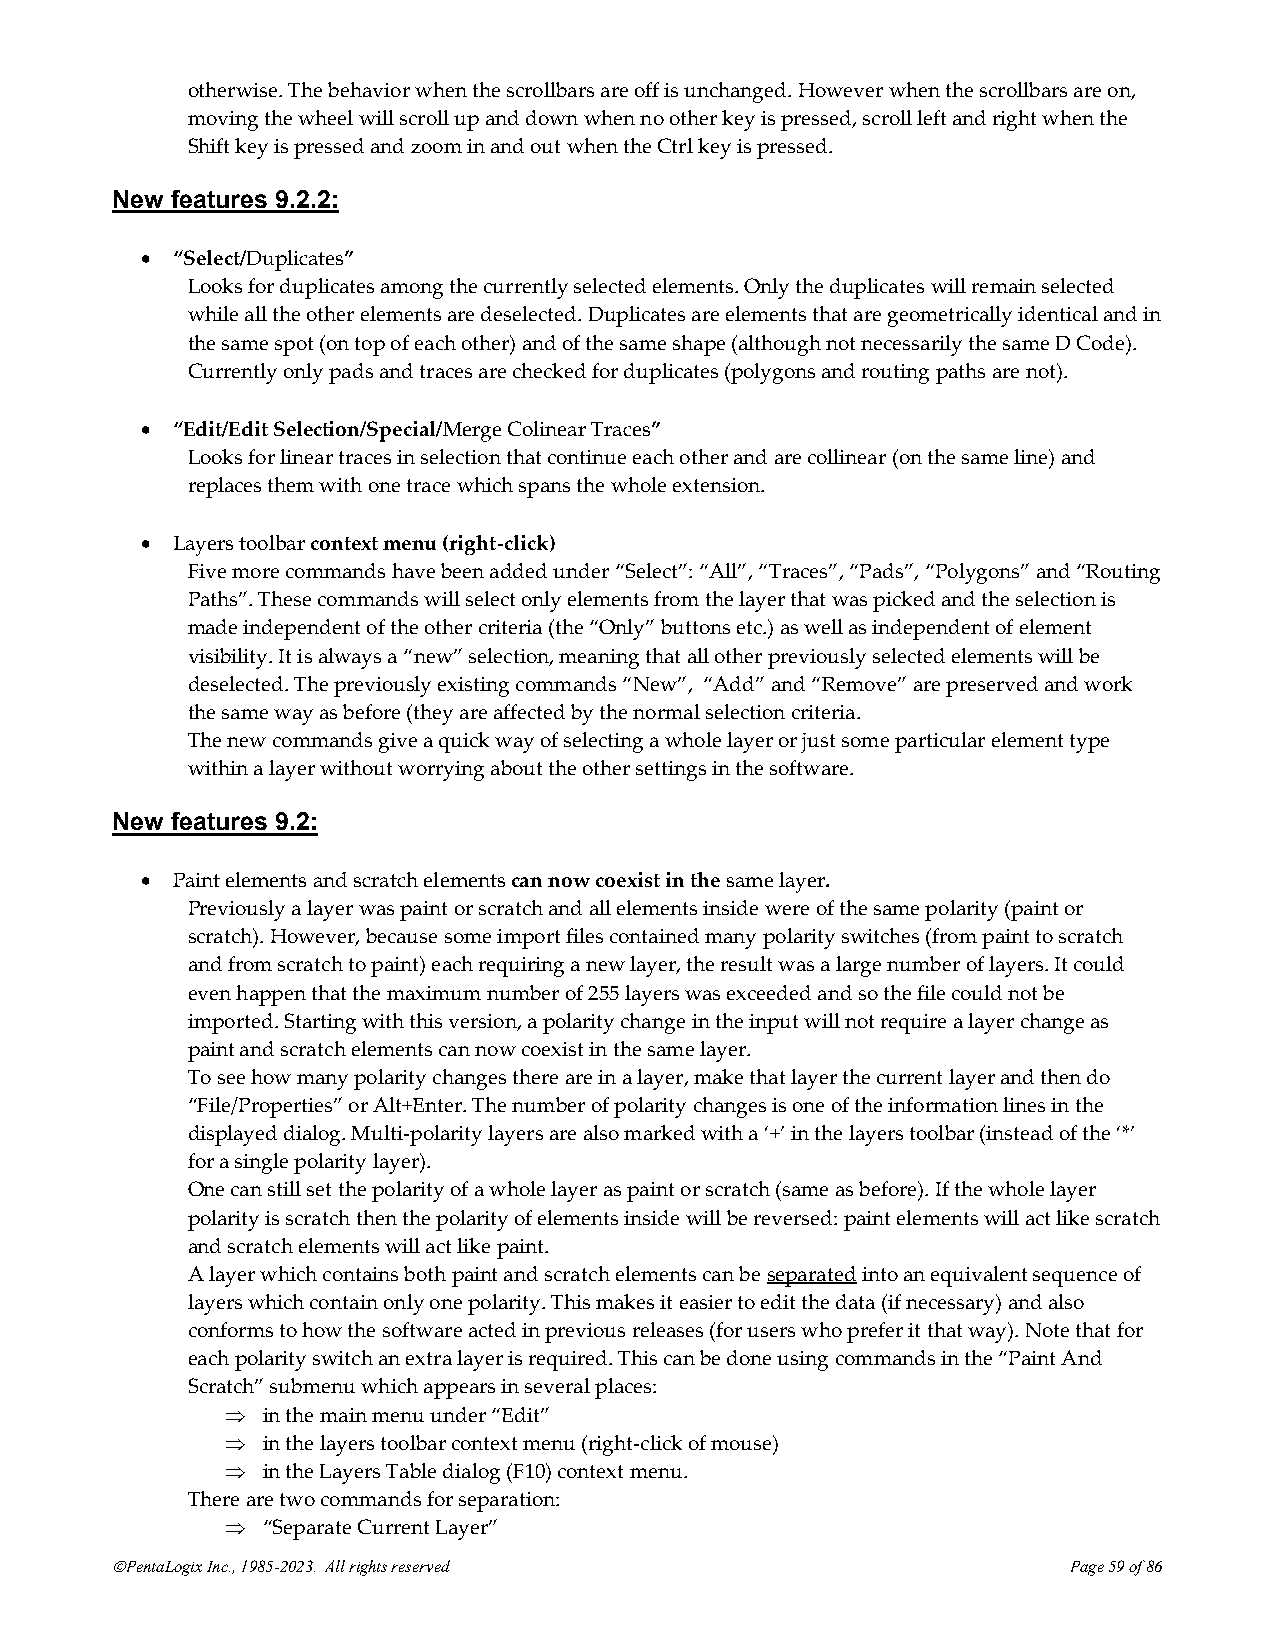
otherwise. The behavior when the scrollbars are off is unchanged. However when the scrollbars are on,
 moving the wheel will scroll up and down when no other key is pressed, scroll left and right when the
 Shift key is pressed and zoom in and out when the Ctrl key is pressed.
 New features 9.2.2:
 • “Select/Duplicates”
 Looks for duplicates among the currently selected elements. Only the duplicates will remain selected
 while all the other elements are deselected. Duplicates are elements that are geometrically identical and in
 the same spot (on top of each other) and of the same shape (although not necessarily the same D Code).
 Currently only pads and traces are checked for duplicates (polygons and routing paths are not).
 • “Edit/Edit Selection/Special/Merge Colinear Traces”
 Looks for linear traces in selection that continue each other and are collinear (on the same line) and
 replaces them with one trace which spans the whole extension.
 • Layers toolbar context menu (right-click)
 Five more commands have been added under “Select”: “All”, “Traces”, “Pads”, “Polygons” and “Routing
 Paths”. These commands will select only elements from the layer that was picked and the selection is
 made independent of the other criteria (the “Only” buttons etc.) as well as independent of element
 visibility. It is always a “new” selection, meaning that all other previously selected elements will be
 deselected. The previously existing commands “New”, “Add” and “Remove” are preserved and work
 the same way as before (they are affected by the normal selection criteria.
 The new commands give a quick way of selecting a whole layer or just some particular element type
 within a layer without worrying about the other settings in the software.
 New features 9.2:
 • Paint elements and scratch elements can now coexist in the same layer.
 Previously a layer was paint or scratch and all elements inside were of the same polarity (paint or
 scratch). However, because some import files contained many polarity switches (from paint to scratch
 and from scratch to paint) each requiring a new layer, the result was a large number of layers. It could
 even happen that the maximum number of 255 layers was exceeded and so the file could not be
 imported. Starting with this version, a polarity change in the input will not require a layer change as
 paint and scratch elements can now coexist in the same layer.
 To see how many polarity changes there are in a layer, make that layer the current layer and then do
 “File/Properties” or Alt+Enter. The number of polarity changes is one of the information lines in the
 displayed dialog. Multi-polarity layers are also marked with a ‘+’ in the layers toolbar (instead of the ‘*’
 for a single polarity layer).
 One can still set the polarity of a whole layer as paint or scratch (same as before). If the whole layer
 polarity is scratch then the polarity of elements inside will be reversed: paint elements will act like scratch
 and scratch elements will act like paint.
 A layer which contains both paint and scratch elements can be separated into an equivalent sequence of
 layers which contain only one polarity. This makes it easier to edit the data (if necessary) and also
 conforms to how the software acted in previous releases (for users who prefer it that way). Note that for
 each polarity switch an extra layer is required. This can be done using commands in the “Paint And
 Scratch” submenu which appears in several places:
  in the main menu under “Edit”
  in the layers toolbar context menu (right-click of mouse)
  in the Layers Table dialog (F10) context menu.
 There are two commands for separation:
  “Separate Current Layer”
 ©PentaLogix Inc., 1985-2023. All rights reserved                Page 59 of 86